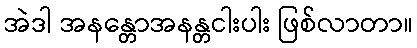
အဲဒါ အနန္တောအနန္တငါးပါး ဖြစ်လာတာ။